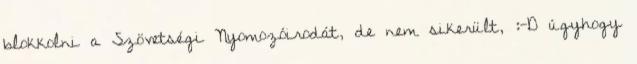
blokkolni a Szövetségi Nyomozóirodát, de nem sikerült, :-D úgyhogy